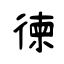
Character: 徚